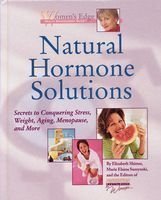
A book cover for Natural Hormone Solutions: Secrets to Conquering Stress, Weight, Aging, Menopause, and More (Women's Edge Health Enhancement Guide); Elizabeth Shimer; Health, Fitness & Dieting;